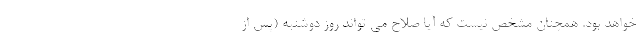
خواهد بود. همچنان مشخص نیست که آیا صلاح می تواند روز دوشنبه (پس از